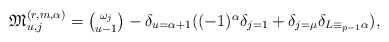
\begin{align*}\textstyle \mathfrak M^{(r,m,\alpha)}_{u,j} & \textstyle = {\omega_j \choose u-1} - \delta_{u=\alpha+1}((-1)^\alpha\delta_{j=1}+\delta_{j=\mu}\delta_{L \equiv_{p-1} \alpha}),\end{align*}